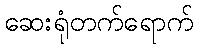
ဆေးရုံတက်ရောက်